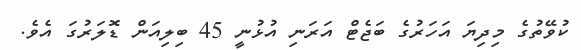
ކުވޭތުގެ މިދިޔަ އަހަރުގެ ބަޖެޓް އަރަނި އުޅުނީ 45 ބިލިއަން ޑޮލަރުގަ އެވެ.